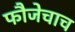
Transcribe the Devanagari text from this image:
फौजेचाच